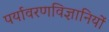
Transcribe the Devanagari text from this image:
पर्यावरणविज्ञानियों